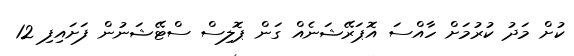
ކުށް މަދު ކުރުމަށް ހާއްސަ އޮޕަރޭޝަނެއް ގަން ޕޮލިސް ސްޓޭޝަނުން ފަށައިފި 12